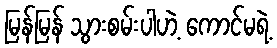
မြန်မြန် သွားစမ်းပါဟဲ့ ကောင်မရဲ့